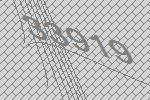
33919